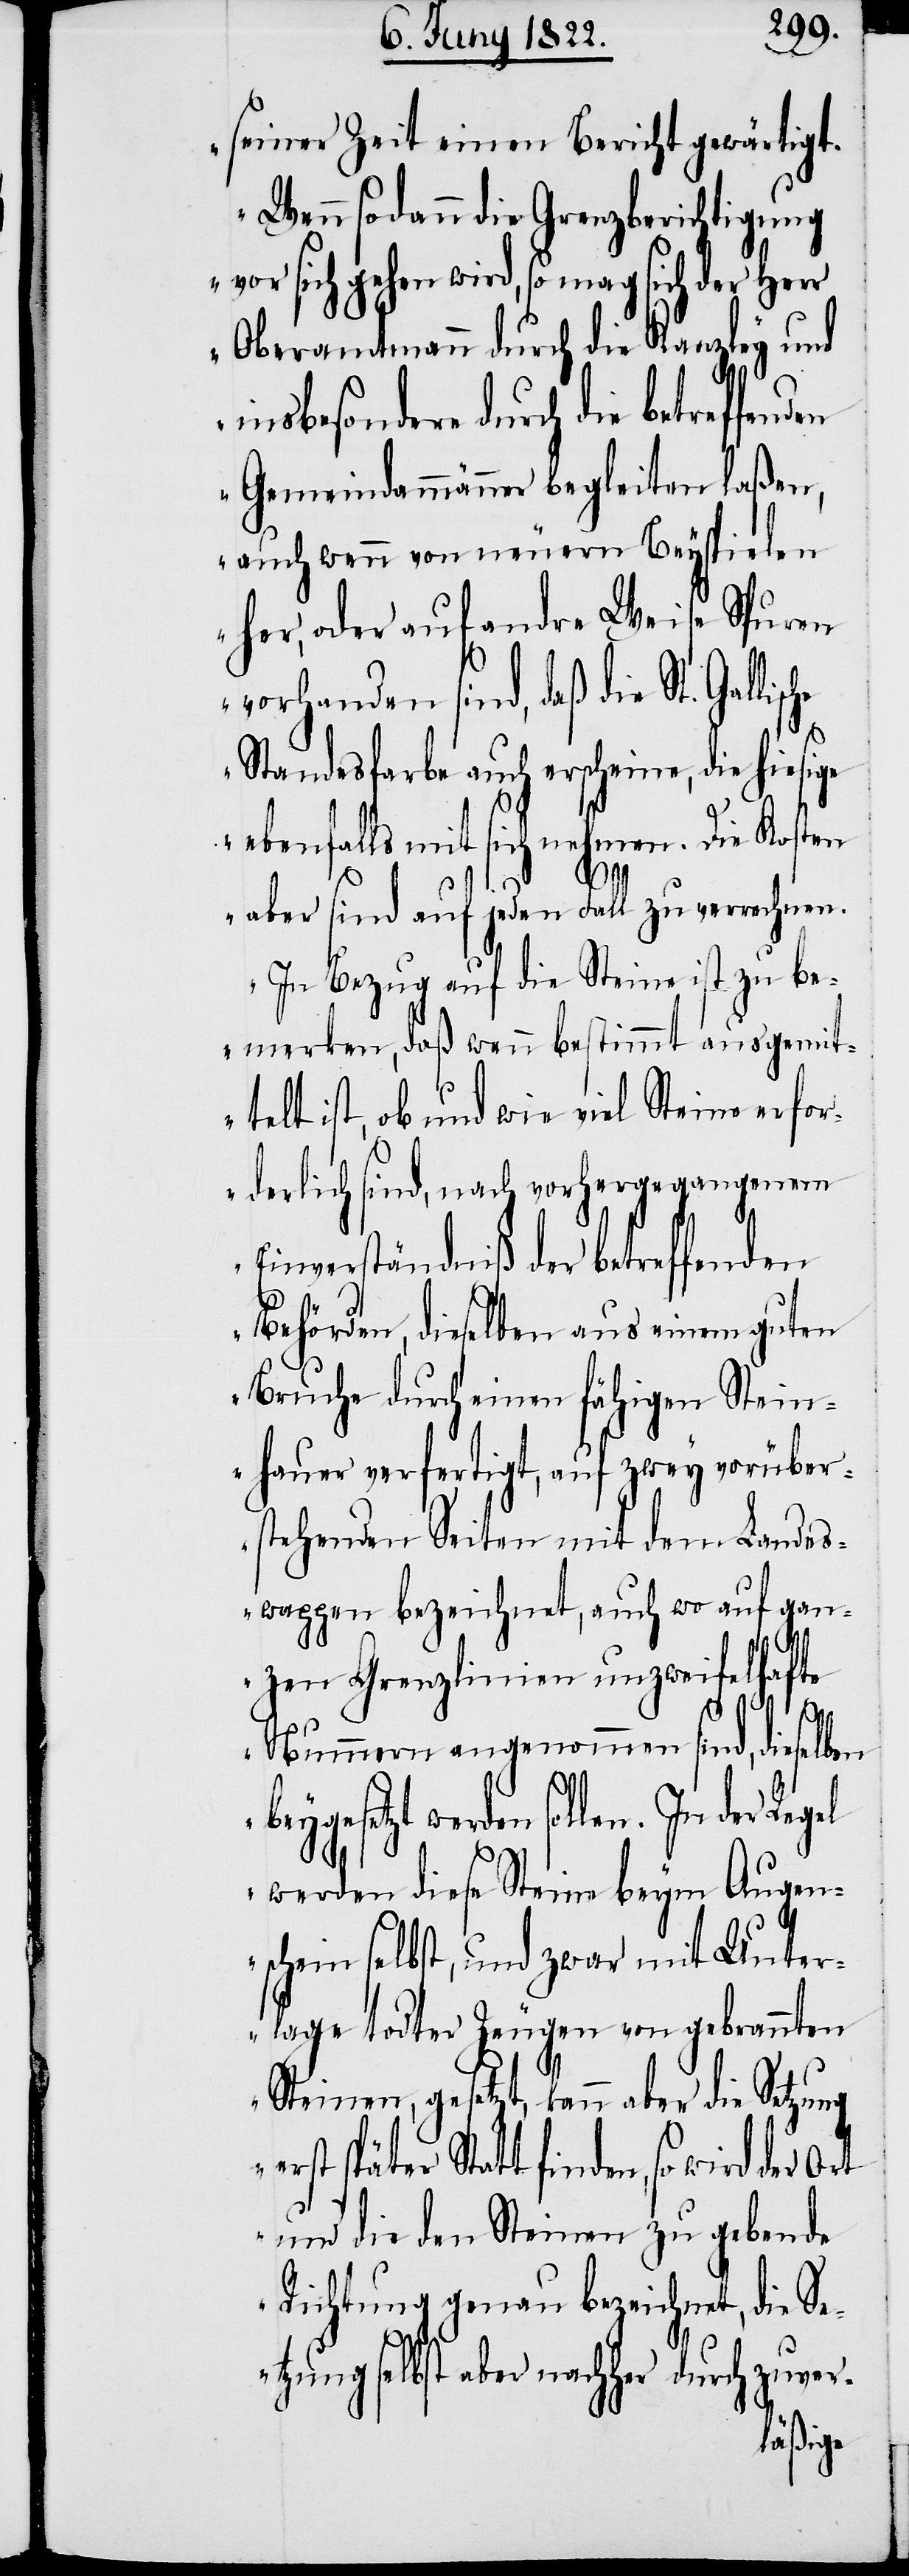
seine Zeit einen Bericht gewärtigt,
Wenn sodann die Grenzberichtigung
vor sich gehen wird, so mag sich der Herr
Oberamtmann durch die Kanzley und
insbesondere durch die betreffenden
Gemeindammänner begleiten laßen,
auch wenn von neuern Beyspielen
her, oder auf andre Weise Spuren
vorhanden sind, daß die St. Galli¬
Standesfarbe auch erscheine, die hiesige
ebenfalls mit sich nehmen. Die Kosten
sche
aber sind auf jeden Fall zu verrechnen.
In Bezug auf die Steine ist zu be¬
merken, daß wenn bestimmt ausgemit¬
telt ist, ob und wie viel Steine erfor¬
derlich sind, nach vorhergegangenem
Einverständniß der betreffenden
Behörden, dieselben aus einem guten
Bruche durch einen fähigen Stein¬
hauer verfertigt, auf zwey vorüber¬
stehenden Seiten mit den Landes¬
wappen bezeichnet, auch wo auf gan¬
zen Grenzlinien unzweifelhafte
Nummern angenommen sind, dieselben
beygesetzt werden sollen. In der
werden diese Steine beym Augen¬
schein selbst, und zwar mit Unter¬
lage todter Zeugen von gebrannten
Steinen, gesetzt, kann aber die Setzung
erst später Statt finden, so wird der
und die den Steinen zu gebende
Richtung genau bezeichnet, die Se¬
tzung selbst aber nachher durch zuver-